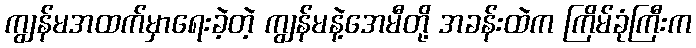
ကျွန်မအထက်မှာရေးခဲ့တဲ့ ကျွန်မနဲ့အေမီတို့ အခန်းထဲက ကြိမ်ခုံကြီးက